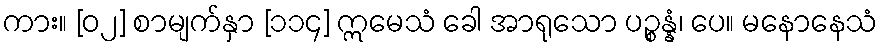
ကား။ [၀၂] စာမျက်နှာ [၁၁၄] ဣမေသံ ခေါ အာရုသော ပဉ္စန္နံ၊ ပေ။ မနောနေသံ